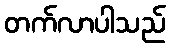
တက်လာပါသည်